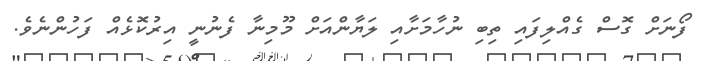
ފޯނަށް ގޮސް ގެއްލިފައި ތިބި ނުހާމަށާއި ލަޔާންއަށް މޫމިނާ ފެނުނީ އިރުކޮޅެއް ފަހުންނެވެ.